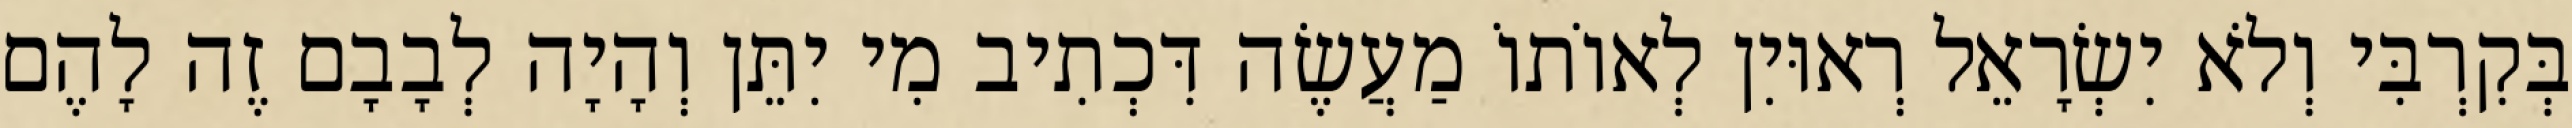
בְּקִרְבִּי וְלֹא יִשְׂרָאֵל רְאוּיִן לְאוֹתוֹ מַעֲשֶׂה דִּכְתִיב מִי יִתֵּן וְהָיָה לְבָבָם זֶה לָהֶם